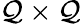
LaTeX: \mathcal{Q}\times\mathcal{Q}